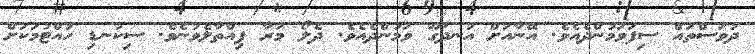
ދުވަސްތައް ސިފަވަމުންދެއެވެ. އޭނާއަށް އުނދަގޫ ވަމުންދެއެވެ. ދެލޯ މަރާ ފިއްތާލެވުނެވެ. ސިކުނޑި ހުއްޓުމަކަށް